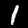
Label: 1